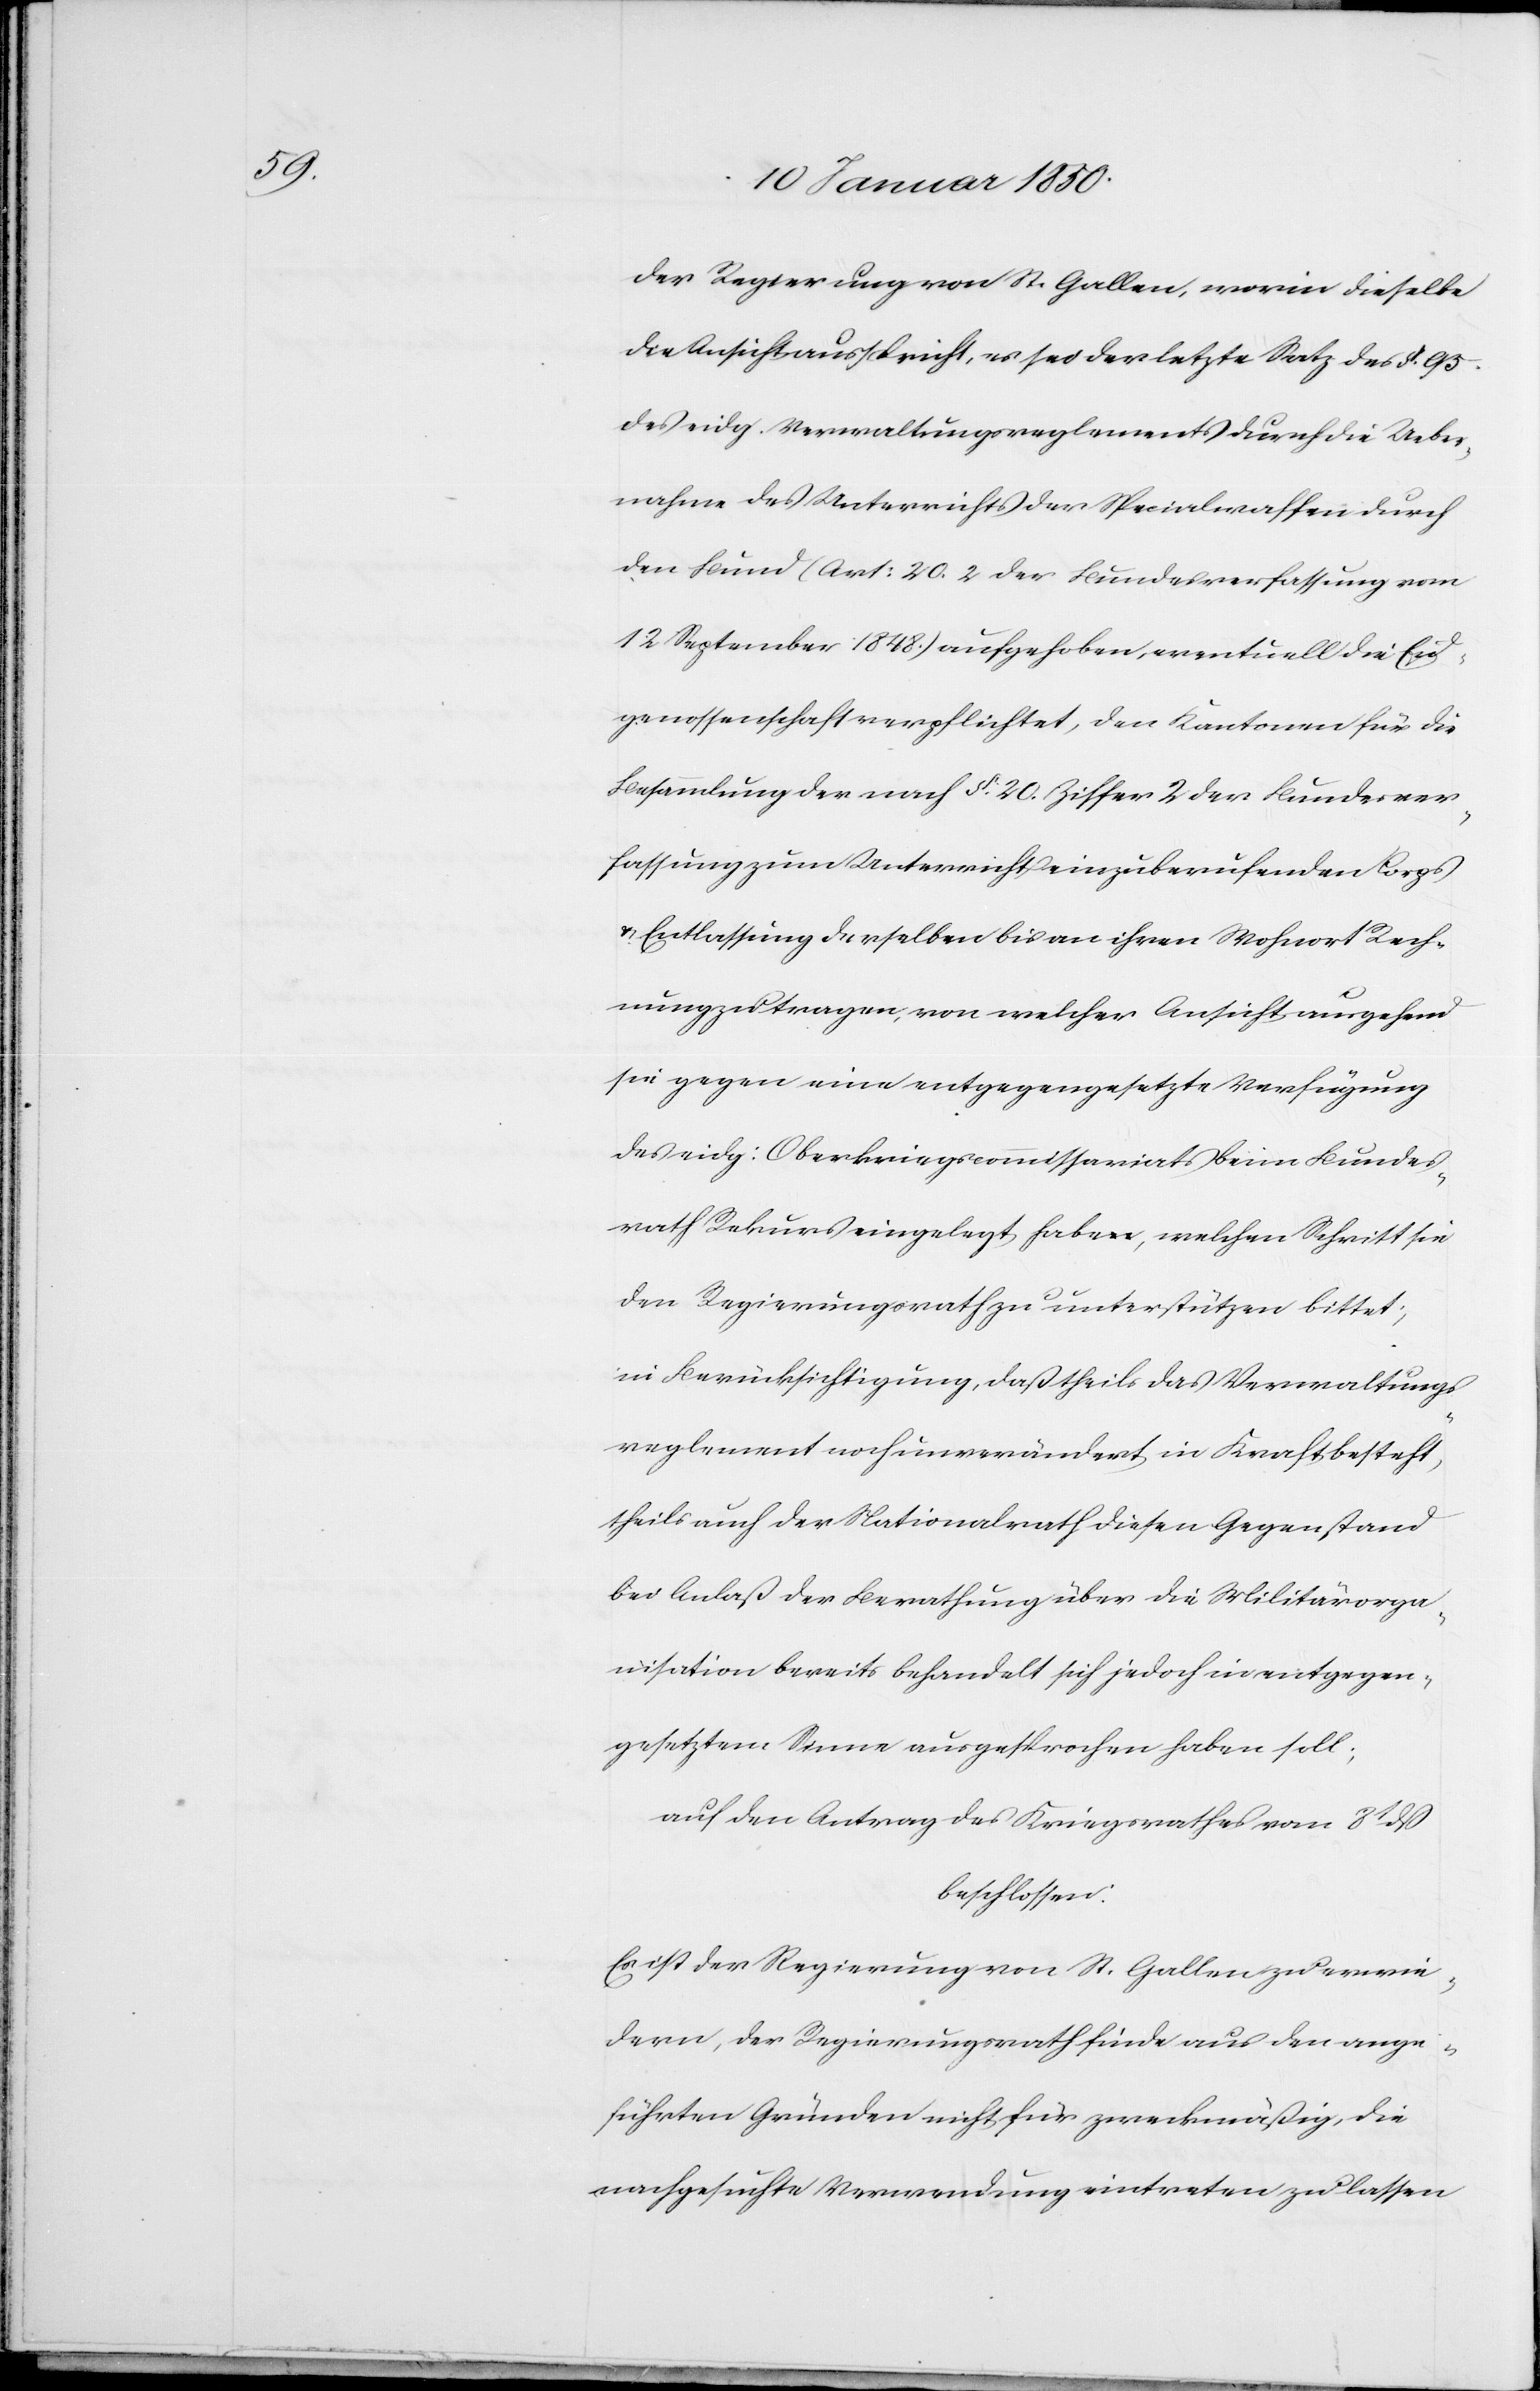
der Regierung von St. Gallen, worin dieselbe
die Ansicht ausspricht, es sei der letzte Satz des §. 95.
des eidg. Verwaltungsreglements durch die Ueber¬
nahme des Unterrichtes der Specialwaffen durch
den Bund (Art: 20. 2 der Bundesverfassung vom
12 September 1848.) aufgehoben, eventuell die Eid¬
genossenschaft verpflichtet, den Kantonen für die
Besammlung der nach §. 20. Ziffer 2 der Bundesver¬
fassung zum Unterricht einzuberufenden Corps
u. Entlassung derselben bis an ihren Wohnort Rech¬
nung zu tragen, von welcher Ansicht ausgehend
sie gegen eine entgegengesetzte Verfügung
des eidg: Oberkriegscommissariats beim Bundes¬
rath Rekurs eingelegt habe, welchen Schritt sie
den Regierungsrath zu unterstützen bittet;
in Berücksichtigung, daß theils das Verwaltungs¬
reglement noch unverändert in Kraft besteht,
theils auch der Nationalrath diesen Gegenstand
bei Anlaß der Berathung über die Militärorga¬
nisation bereits behandelt sich jedoch in entgegen¬
gesetztem Sinne ausgesprochen haben soll;
auf den Antrag des Kriegsrathes vom 8t dß
beschlossen:
Es ist der Regierung von St. Gallen zu erwie¬
dern, der Regierungsrath finde aus den ange¬
führten Gründen nicht für zweckmäßig, die
nachgesuchte Verwendung eintreten zu lassen